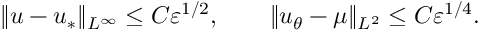
\| u - u _ { * } \| _ { L ^ { \infty } } \leq C \varepsilon ^ { 1 / 2 } , \qquad \| u _ { \theta } - \mu \| _ { L ^ { 2 } } \leq C \varepsilon ^ { 1 / 4 } .